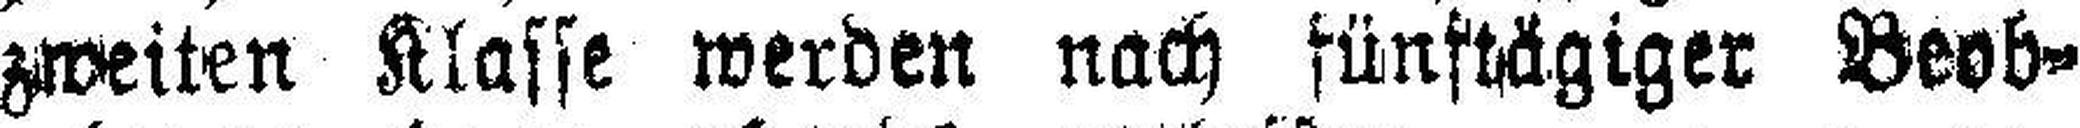
zweiten Klasse werden nach fünftägiger Beob¬